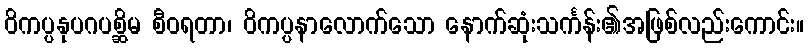
ဝိကပ္ပနုပဂပစ္ဆိမ စီဝရတာ၊ ဝိကပ္ပနာလောက်သော နောက်ဆုံးသင်္ကန်း၏အဖြစ်လည်းကောင်း။